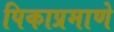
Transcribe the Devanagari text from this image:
पिकाप्रमाणे